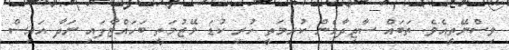
ވިސްނޭތީއެވެ. ތަބައް ސާޖިދާމެން ކުރިމަތީ ހުރި ކުޑަ މޭޒުމަތީ ބަހައްޓާފައި ނަދާ އައިސް